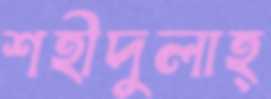
শহীদুলাহ্